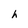
Character: h